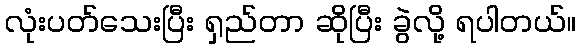
လုံးပတ်သေးပြီး ရှည်တာ ဆိုပြီး ခွဲလို့ ရပါတယ်။